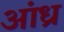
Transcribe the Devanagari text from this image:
अांध्र